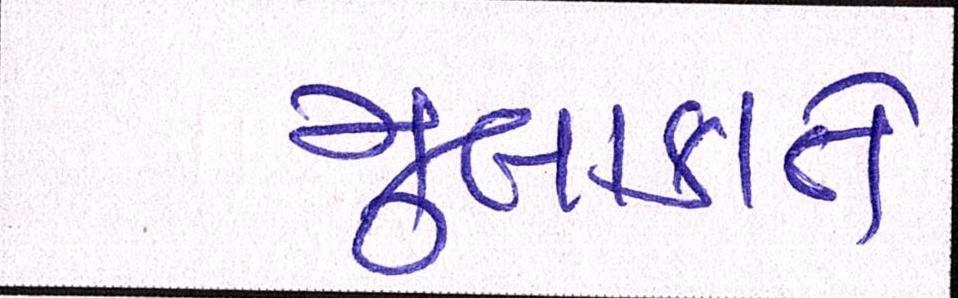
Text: મુલાકાતે